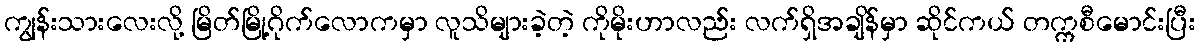
ကျွန်းသားလေးလို့ မြိတ်မြို့ဂိုက်လောကမှာ လူသိများခဲ့တဲ့ ကိုမိုးဟာလည်း လက်ရှိအချိန်မှာ ဆိုင်ကယ် တက္ကစီမောင်းပြီး